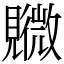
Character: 覹